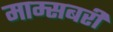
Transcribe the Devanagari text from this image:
माम्सबरी